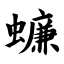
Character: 蠊